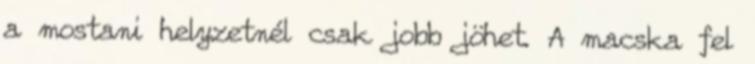
a mostani helyzetnél csak jobb jöhet. A macska fel